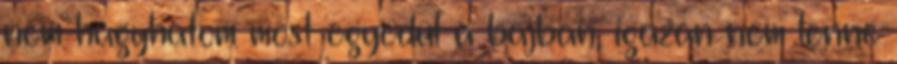
nem hagyhatom most egyedül a bajban, igazán nem lenne